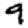
Digit: 9